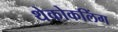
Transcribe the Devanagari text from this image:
थेकोकलिंग